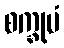
စက္ခုမံ